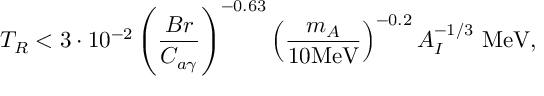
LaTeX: T _ { R } < 3 \cdot 1 0 ^ { - 2 } \left( \frac { B r } { C _ { a \gamma } } \right) ^ { - 0 . 6 3 } \left( \frac { m _ { A } } { 1 0 \mathrm { M e V } } \right) ^ { - 0 . 2 } A _ { I } ^ { - 1 / 3 } \mathrm { ~ M e V } ,